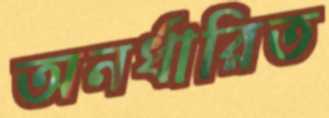
অনর্ধারিত